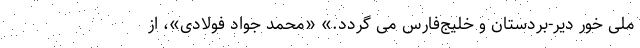
ملی خور دیر-بردستان و خلیج‌فارس می گردد.» «محمد جواد فولادی»، از